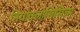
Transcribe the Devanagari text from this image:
नियोक्लासिसिज्म